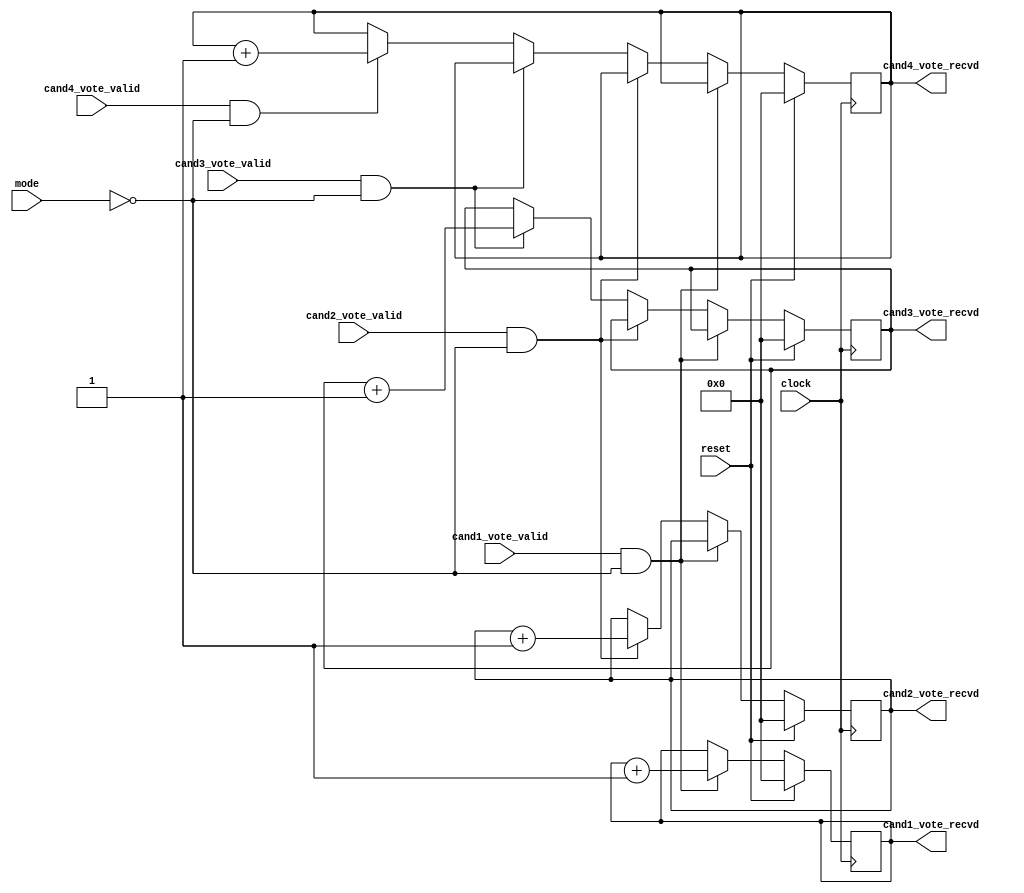
`timescale 1ns / 1ps
//////////////////////////////////////////////////////////////////////////////////
// Company: 
// Engineer: 
// 
// Design Name: 
// Module Name: voteLogger
// Project Name: 
// Target Devices: 
// Tool Versions: 
// Description: 
// 
// Dependencies: 
// 
// Revision:
// Revision 0.01 - File Created
// Additional Comments:
// 
//////////////////////////////////////////////////////////////////////////////////


module voteLogger(
    input clock,
    input reset,
    input mode,
    input cand1_vote_valid,
    input cand2_vote_valid,
    input cand3_vote_valid,
    input cand4_vote_valid,
    output reg [7:0] cand1_vote_recvd,
    output reg [7:0] cand2_vote_recvd,
    output reg [7:0] cand3_vote_recvd,
    output reg [7:0] cand4_vote_recvd
    
    );
    
    always @(posedge clock)
    begin
        if(reset)
            begin
                cand1_vote_recvd<=0;
                cand2_vote_recvd<=0;
                cand3_vote_recvd<=0;
                cand4_vote_recvd<=0;
                end
         else
         begin
              if(cand1_vote_valid & mode==0)
            cand1_vote_recvd <= cand1_vote_recvd + 1;
        else if(cand2_vote_valid & mode==0)
            cand2_vote_recvd <= cand2_vote_recvd + 1;
        else if(cand3_vote_valid & mode==0)
            cand3_vote_recvd <= cand3_vote_recvd + 1;
        else if(cand4_vote_valid & mode==0)
            cand4_vote_recvd <= cand4_vote_recvd + 1;
        end
                
                
    end
endmodule